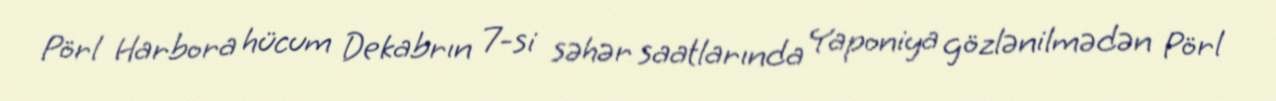
Pörl Harbora hücum Dekabrın 7-si səhər saatlarında Yaponiya gözlənilmədən Pörl